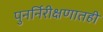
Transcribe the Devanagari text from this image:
पुनर्निरीक्षणातही